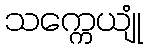
သက္ကေယျုံ